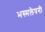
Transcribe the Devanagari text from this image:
भस्मलेपनी